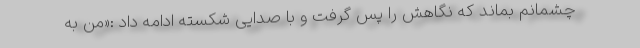
چشمانم بماند که نگاهش را پس گرفت و با صدایی شکسته ادامه داد :«من به